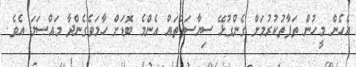
އެހެން މީހުން ތަފާތުކުރުމަށް ގެންގުޅޭ ސިޔާސަތުތައް އެންމެ ބޮޑަށް ހާމަވެގެންދާ މައްސަލަ އެވެ.